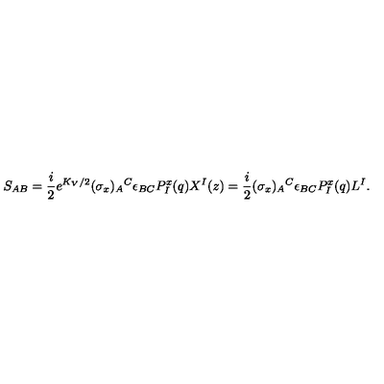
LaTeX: S _ { A B } = { \frac { i } { 2 } } e ^ { K _ { V } / 2 } ( \sigma _ { x } ) _ { A } { } ^ { C } \epsilon _ { B C } P _ { I } ^ { x } ( q ) X ^ { I } ( z ) = { \frac { i } { 2 } } ( \sigma _ { x } ) _ { A } { } ^ { C } \epsilon _ { B C } P _ { I } ^ { x } ( q ) L ^ { I } .